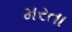
મરતા